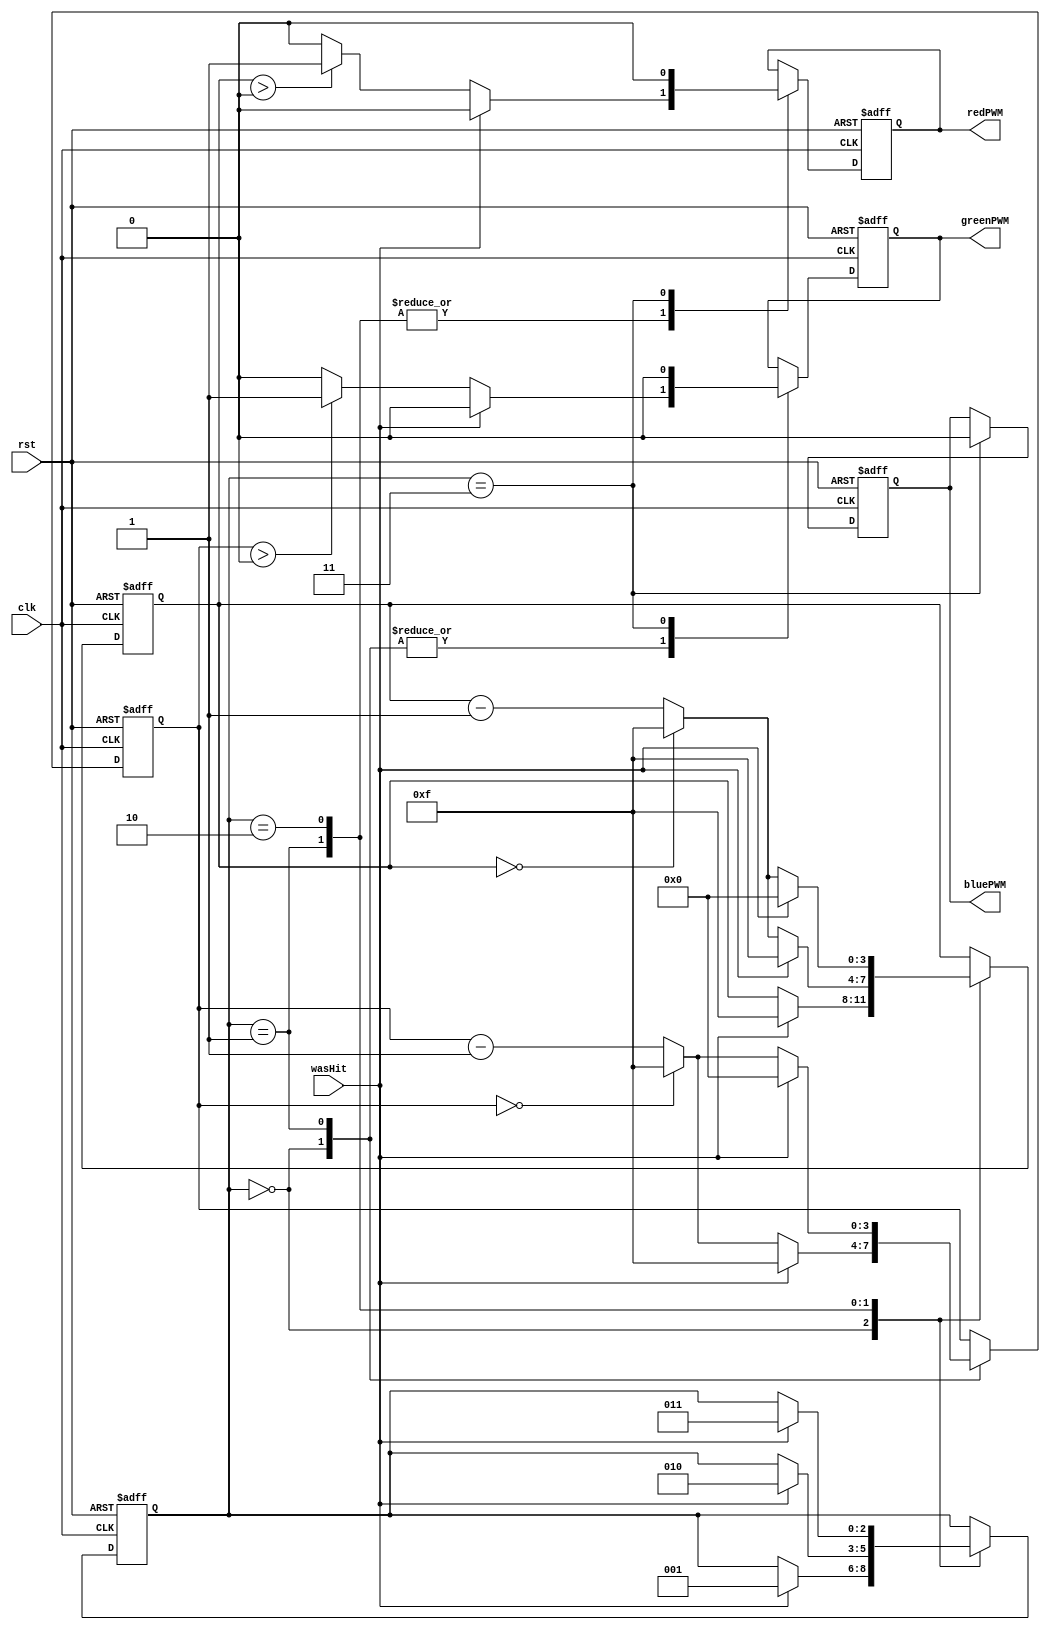
`timescale 1ns / 1ps
//////////////////////////////////////////////////////////////////////////////////
// Module Name:     PlayerLifeRGB
// Project Name:    CoinCollector
// Description:     Outputs Green at 3 lives; Yellow at 2 lives; Red at 1 life. 
// Revision 0.01 -  File Created
//////////////////////////////////////////////////////////////////////////////////

`define ThreeLives 2'b00
`define TwoLives   2'b01
`define OneLife    2'b10
`define Dead       2'b11

module PlayerLifeRGB
    (
        input       clk,
        input       rst, 
        input       wasHit, 
        output      greenPWM, bluePWM, redPWM
    );
    reg [3:0] RedDutyTmp, GreenDutyTmp, BlueDutyTmp; 
    reg       RedPWMTmp,  GreenPWMTmp,  BluePWMTmp;
    reg [2:0] SM_Life = `ThreeLives;
    always@(posedge clk or posedge rst)
        begin
            if(rst) 
                begin
                    RedPWMTmp    <= 0;
                    GreenPWMTmp  <= 0;
                    BluePWMTmp   <= 0;
                    RedDutyTmp   <= 0;
                    GreenDutyTmp <= 4'b1111; 
                    BlueDutyTmp  <= 0;
                    SM_Life <= 0;
                end 
            else 
                begin
                    case(SM_Life)
                    `ThreeLives:
                        begin
                            if(wasHit) 
                                begin
                                    GreenPWMTmp  <= 0;
                                    RedDutyTmp   <= 4'b1111;
                                    GreenDutyTmp <= 4'b1111; 
                                    SM_Life    <= `TwoLives;
                                end
                            else 
                                begin
                                    GreenDutyTmp <= GreenDutyTmp - 1'b1; 
                                    if(GreenDutyTmp == 0) GreenDutyTmp <= 4'b1111; 
                                    if(GreenDutyTmp > 0)  GreenPWMTmp <= 1;
                                    else GreenPWMTmp <= 0; 
                                end
                        end
                    `TwoLives:
                        begin
                            if(wasHit) 
                                begin
                                    RedPWMTmp    <= 0;
                                    GreenPWMTmp  <= 0;
                                    GreenDutyTmp <= 0; 
                                    RedDutyTmp   <= 4'b1111; 
                                    SM_Life      <= `OneLife;
                                end
                            else 
                                begin
                                    RedDutyTmp   <= RedDutyTmp   - 1'b1; 
                                    GreenDutyTmp <= GreenDutyTmp - 1'b1; 
                                    if(GreenDutyTmp == 0) GreenDutyTmp <= 4'b1111; 
                                    if(RedDutyTmp == 0)   RedDutyTmp   <= 4'b1111; 
                                    
                                    if(GreenDutyTmp > 0)  GreenPWMTmp <= 1;
                                    else GreenPWMTmp <= 0; 
                                    if(RedDutyTmp > 0)    RedPWMTmp <= 1;
                                    else RedPWMTmp <= 0; 
                                end
                        end
                    `OneLife:
                        begin
                            if(wasHit) 
                                begin
                                    RedPWMTmp    <= 0; 
                                    RedDutyTmp   <= 0; 
                                    SM_Life      <= `Dead;
                                end 
                             else 
                                begin
                                    RedDutyTmp   <= RedDutyTmp   - 1'b1; 
                                    if(RedDutyTmp == 0)   RedDutyTmp   <= 4'b1111; 
                                    if(RedDutyTmp > 0)    RedPWMTmp <= 1;
                                    else RedPWMTmp <= 0; 
                                end       
                        end
                     `Dead:
                        begin
                            RedPWMTmp   <= 0;
                            GreenPWMTmp <= 0; 
                            BluePWMTmp  <= 0;
                        end
                    endcase  
                end
        end
    assign greenPWM = GreenPWMTmp;
    assign redPWM   = RedPWMTmp;
    assign bluePWM  = BluePWMTmp;
endmodule